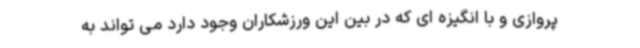
پروازی و با انگیزه ای که در بین این ورزشکاران وجود دارد می تواند به